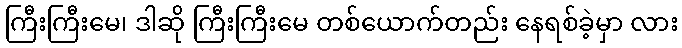
ကြီးကြီးမေ၊ ဒါဆို ကြီးကြီးမေ တစ်ယောက်တည်း နေရစ်ခဲ့မှာ လား